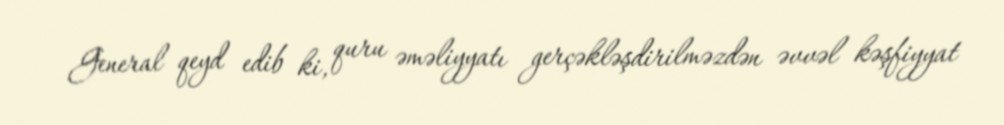
General qeyd edib ki, quru əməliyyatı gerçəkləşdirilməzdən əvvəl kəşfiyyat